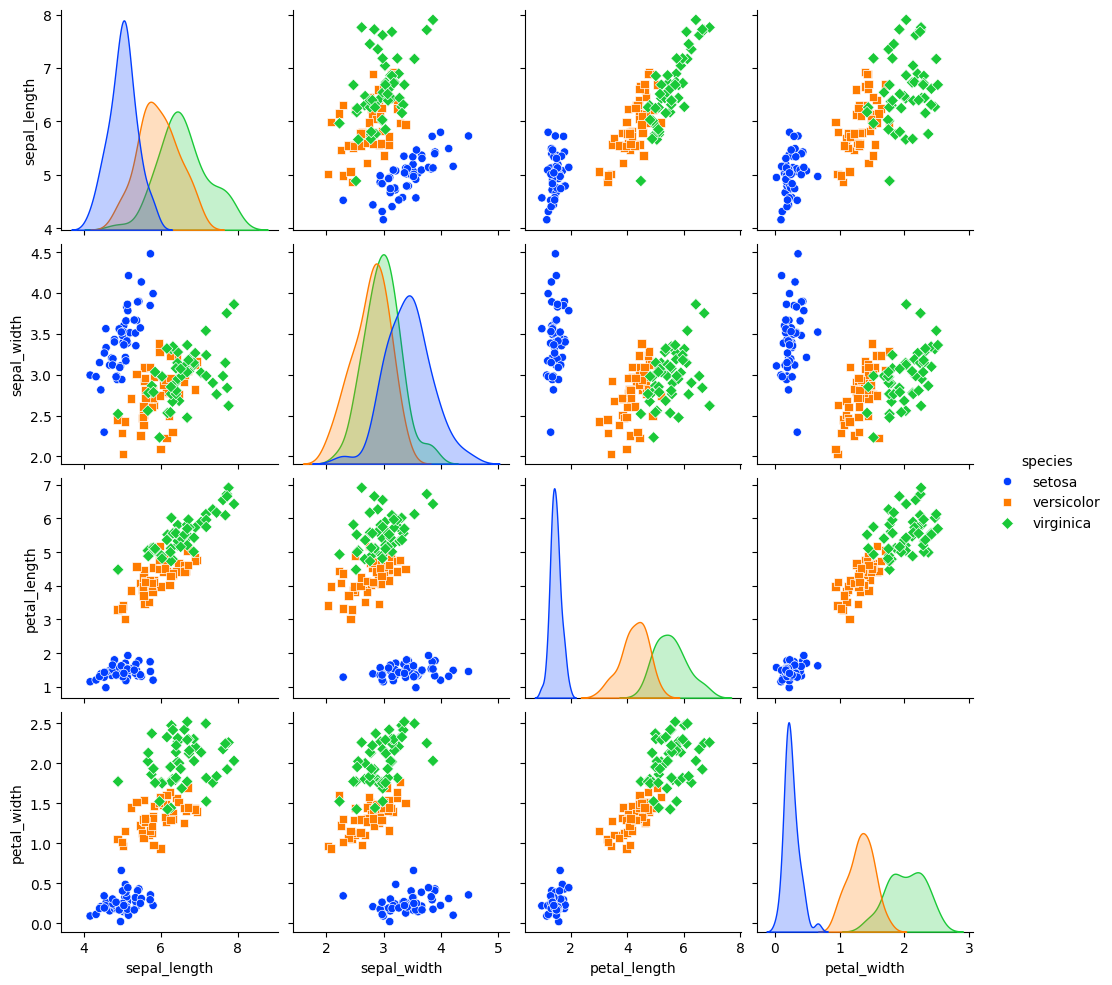
python, seaborn, pairplot, palette='bright', markers=['o', 's', 'D'], kind='scatter', diag_kind='kde'